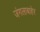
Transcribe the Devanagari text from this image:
जंगलाबाहेर